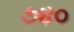
૭૪૦